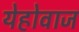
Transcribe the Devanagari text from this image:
येहोवाज